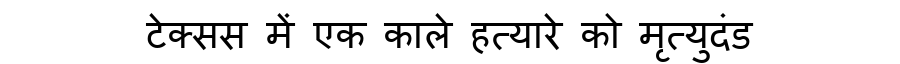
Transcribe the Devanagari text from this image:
टेक्सस में एक काले हत्यारे को मृत्युदंड